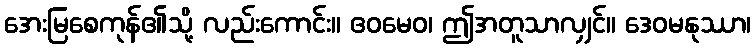
အေးမြစေကုန်၏သို့ လည်းကောင်း။ ဧဝမေဝ၊ ဤအတူသာလျှင်။ ဒေဝမနုဿာ၊